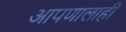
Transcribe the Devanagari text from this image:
आपणालाही